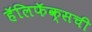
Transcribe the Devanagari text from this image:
हॅलिफॅक्सची